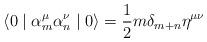
LaTeX: \begin{align*}\langle 0 \mid {\alpha}_m^{\mu} {\alpha}_n^{\nu} \mid 0 \rangle =\frac {1} {2} m {\delta}_{m+n} {\eta}^{\mu \nu}\end{align*}